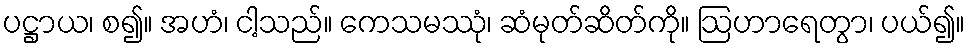
ပဋ္ဌာယ၊ စ၍။ အဟံ၊ ငါ့သည်။ ကေသမဿုံ၊ ဆံမုတ်ဆိတ်ကို။ ဩဟာရေတွာ၊ ပယ်၍။